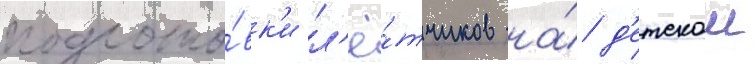
подгото́вк'и л'ё́тчиков на́ д'етскои